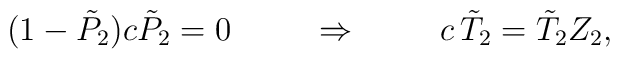
(1-\tilde{P}_2)c\tilde{P}_2=0\hspace{1cm}\Rightarrow\hspace{1cm}c\,\tilde{T}_2=\tilde{T}_2Z_2,